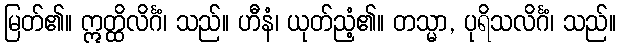
မြတ်၏။ ဣတ္ထိလိင်္ဂံ၊ သည်။ ဟီနံ၊ ယုတ်ညံ့၏။ တသ္မာ, ပုရိသလိင်္ဂံ၊ သည်။